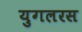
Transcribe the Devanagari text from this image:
युगलरस